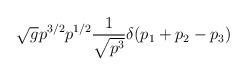
LaTeX: \begin{align*} \sqrt{g} p^{3/2} p^{1/2} {1 \over \sqrt{ p^3} } \delta(p_1 + p_2 - p_3)\end{align*}